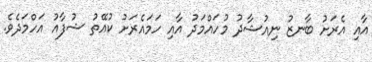
އާއި އެރަށު ބާނޒު ނިއުޝާދު މުހައްމަދު އާއި ހަމައެރަށު ކުއޭތު ޝުފާއު އަހްމަދެވެ.